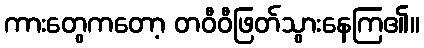
ကားတွေကတော့ တဝီဝီဖြတ်သွားနေကြ၏။